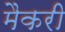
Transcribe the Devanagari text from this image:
मैकरी